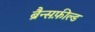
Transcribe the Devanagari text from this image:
ब्रैन्सफ़ील्ड